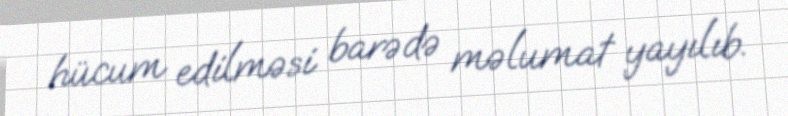
hücum edilməsi barədə məlumat yayılıb.